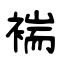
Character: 褍